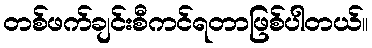
တစ်ဖက်ချင်းစီကင်ရတာဖြစ်ပါတယ်။